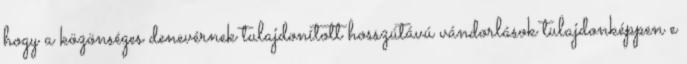
hogy a közönséges denevérnek tulajdonított hosszútávú vándorlások tulajdonképpen e